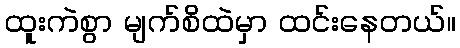
ထူးကဲစွာ မျက်စိထဲမှာ ထင်းနေတယ်။